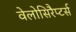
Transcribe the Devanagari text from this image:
वेलोसिरैप्टर्स